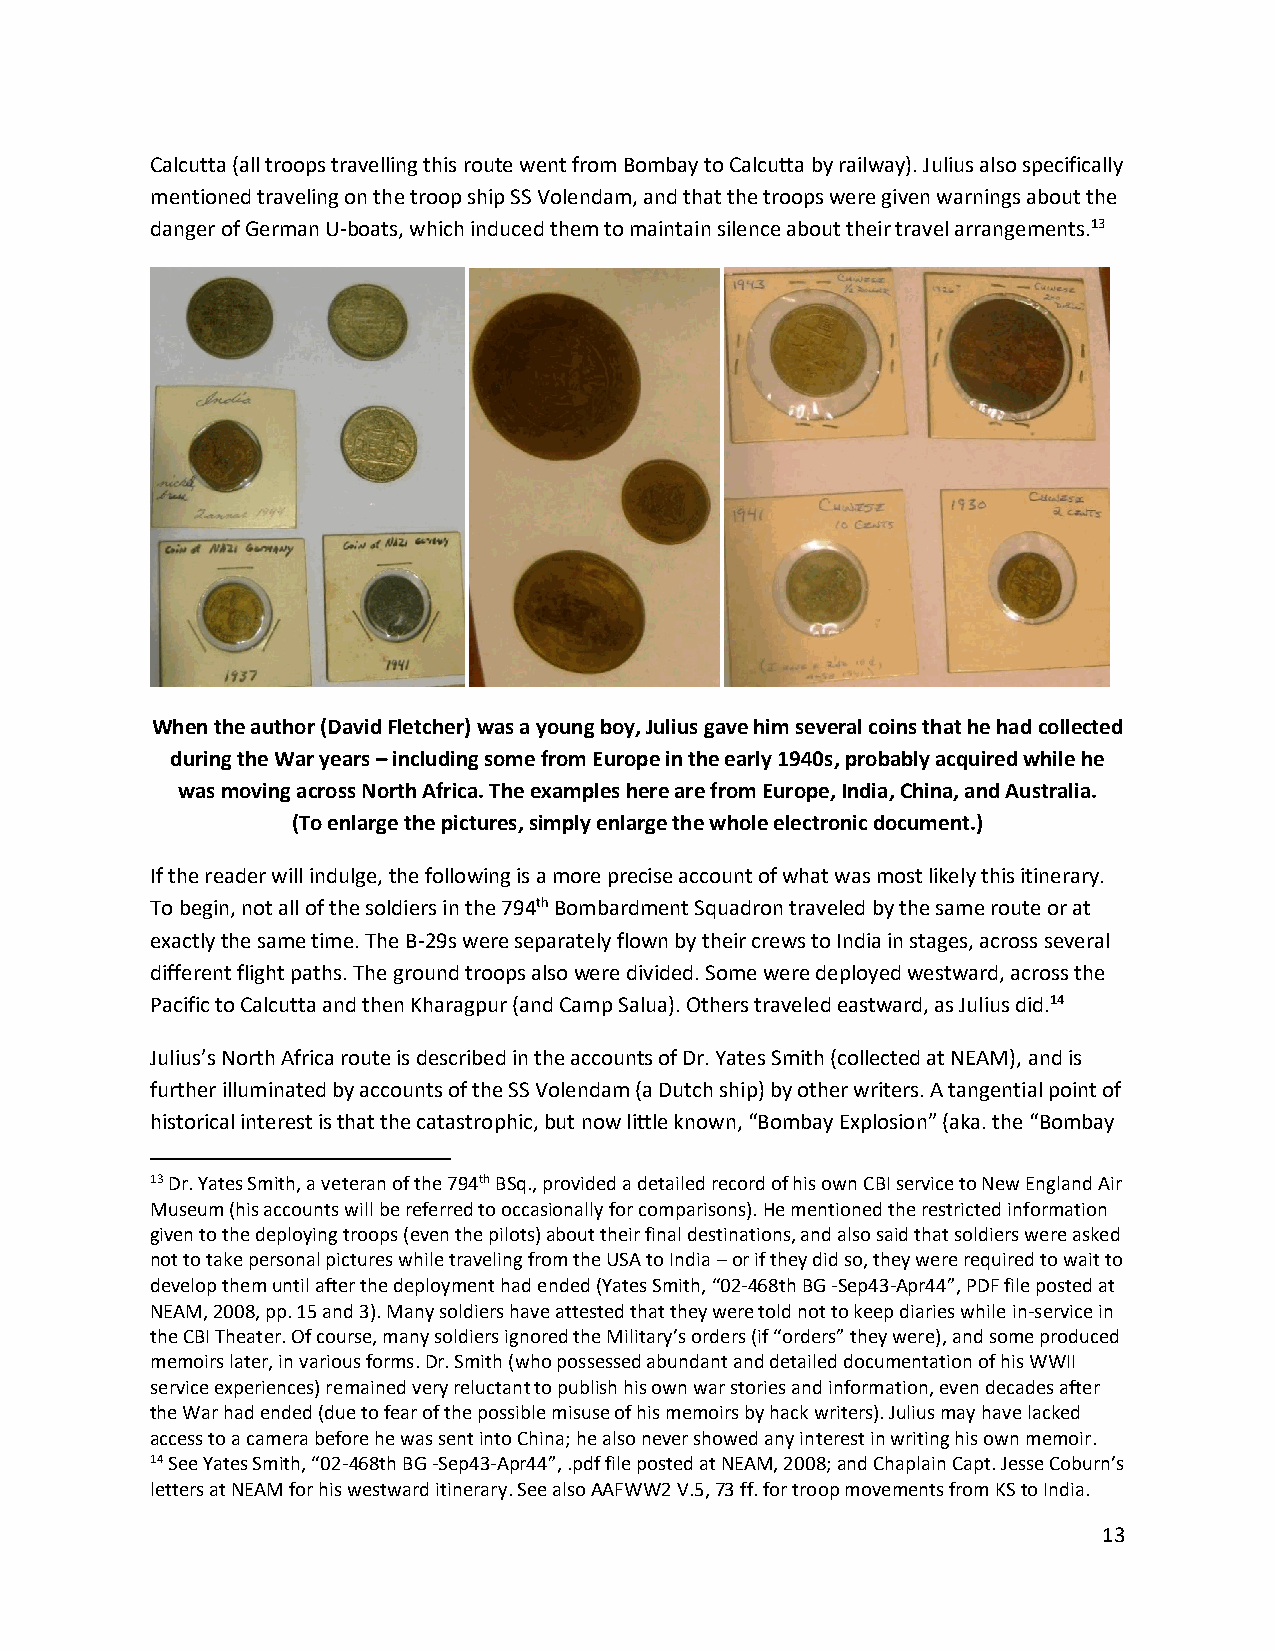
Calcutta (all troops travelling this route went from Bombay to Calcutta by railway). Julius also specifically
 mentioned traveling on the troop ship SS Volendam, and that the troops were given warnings about the
 danger of German U-boats, which induced them to maintain silence about their travel arrangements.13
 When the author (David Fletcher) was a young boy, Julius gave him several coins that he had collected
 during the War years – including some from Europe in the early 1940s, probably acquired while he
 was moving across North Africa. The examples here are from Europe, India, China, and Australia.
 (To enlarge the pictures, simply enlarge the whole electronic document.)
 If the reader will indulge, the following is a more precise account of what was most likely this itinerary.
 To begin, not all of the soldiers in the 794th Bombardment Squadron traveled by the same route or at
 exactly the same time. The B-29s were separately flown by their crews to India in stages, across several
 different flight paths. The ground troops also were divided. Some were deployed westward, across the
 Pacific to Calcutta and then Kharagpur (and Camp Salua). Others traveled eastward, as Julius did.14
 Julius’s North Africa route is described in the accounts of Dr. Yates Smith (collected at NEAM), and is
 further illuminated by accounts of the SS Volendam (a Dutch ship) by other writers. A tangential point of
 historical interest is that the catastrophic, but now little known, “Bombay Explosion” (aka. the “Bombay
 13 Dr. Yates Smith, a veteran of the 794th BSq., provided a detailed record of his own CBI service to New England Air
 Museum (his accounts will be referred to occasionally for comparisons). He mentioned the restricted information
 given to the deploying troops (even the pilots) about their final destinations, and also said that soldiers were asked
 not to take personal pictures while traveling from the USA to India – or if they did so, they were required to wait to
 develop them until after the deployment had ended (Yates Smith, “02-468th BG -Sep43-Apr44”, PDF file posted at
 NEAM, 2008, pp. 15 and 3). Many soldiers have attested that they were told not to keep diaries while in-service in
 the CBI Theater. Of course, many soldiers ignored the Military’s orders (if “orders” they were), and some produced
 memoirs later, in various forms. Dr. Smith (who possessed abundant and detailed documentation of his WWII
 service experiences) remained very reluctant to publish his own war stories and information, even decades after
 the War had ended (due to fear of the possible misuse of his memoirs by hack writers). Julius may have lacked
 access to a camera before he was sent into China; he also never showed any interest in writing his own memoir.
 14 See Yates Smith, “02-468th BG -Sep43-Apr44”, .pdf file posted at NEAM, 2008; and Chaplain Capt. Jesse Coburn’s
 letters at NEAM for his westward itinerary. See also AAFWW2 V.5, 73 ff. for troop movements from KS to India.
 13